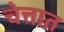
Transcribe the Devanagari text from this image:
चेत्तात